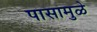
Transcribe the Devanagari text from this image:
पासामुळे